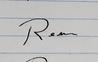
Signature authenticity: forged